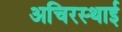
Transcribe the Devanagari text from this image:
अचिरस्थाई